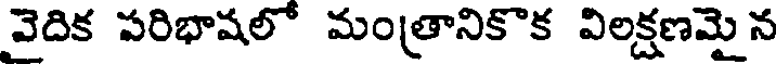
వెదిక పరిభాషలో మంత్రానికొక విలక్షణమైన